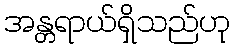
အန္တရာယ်ရှိသည်ဟု